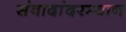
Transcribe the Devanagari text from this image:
संवादांदरम्यान